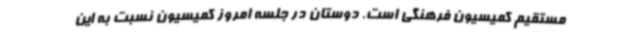
مستقیم کمیسیون فرهنگی است. دوستان در جلسه امروز کمیسیون نسبت به این